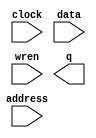
// megafunction wizard: %RAM: 1-PORT%VBB%
// GENERATION: STANDARD
// VERSION: WM1.0
// MODULE: altsyncram 

// ============================================================
// Megafunction Name(s):
// 			altsyncram
//
// Simulation Library Files(s):
// 			altera_mf
// ============================================================
// ************************************************************
// THIS IS A WIZARD-GENERATED FILE. DO NOT EDIT THIS FILE!
//
// 8.1 Build 163 10/28/2008 SJ Full Version
// ************************************************************

//Copyright (C) 1991-2008 Altera Corporation
//Your use of Altera Corporation's design tools, logic functions 
//and other software and tools, and its AMPP partner logic 
//functions, and any output files from any of the foregoing 
//(including device programming or simulation files), and any 
//associated documentation or information are expressly subject 
//to the terms and conditions of the Altera Program License 
//Subscription Agreement, Altera MegaCore Function License 
//Agreement, or other applicable license agreement, including, 
//without limitation, that your use is for the sole purpose of 
//programming logic devices manufactured by Altera and sold by 
//Altera or its authorized distributors.  Please refer to the 
//applicable agreement for further details.

module rgb_ram (
	address,
	clock,
	data,
	wren,
	q);

	input	[7:0]  address;
	input	  clock;
	input	[7:0]  data;
	input	  wren;
	output	[7:0]  q;

endmodule

// ============================================================
// CNX file retrieval info
// ============================================================
// Retrieval info: PRIVATE: ADDRESSSTALL_A NUMERIC "0"
// Retrieval info: PRIVATE: AclrAddr NUMERIC "0"
// Retrieval info: PRIVATE: AclrByte NUMERIC "0"
// Retrieval info: PRIVATE: AclrData NUMERIC "0"
// Retrieval info: PRIVATE: AclrOutput NUMERIC "0"
// Retrieval info: PRIVATE: BYTE_ENABLE NUMERIC "0"
// Retrieval info: PRIVATE: BYTE_SIZE NUMERIC "8"
// Retrieval info: PRIVATE: BlankMemory NUMERIC "1"
// Retrieval info: PRIVATE: CLOCK_ENABLE_INPUT_A NUMERIC "0"
// Retrieval info: PRIVATE: CLOCK_ENABLE_OUTPUT_A NUMERIC "0"
// Retrieval info: PRIVATE: Clken NUMERIC "0"
// Retrieval info: PRIVATE: DataBusSeparated NUMERIC "1"
// Retrieval info: PRIVATE: IMPLEMENT_IN_LES NUMERIC "0"
// Retrieval info: PRIVATE: INIT_FILE_LAYOUT STRING "PORT_A"
// Retrieval info: PRIVATE: INIT_TO_SIM_X NUMERIC "0"
// Retrieval info: PRIVATE: INTENDED_DEVICE_FAMILY STRING "Cyclone"
// Retrieval info: PRIVATE: JTAG_ENABLED NUMERIC "0"
// Retrieval info: PRIVATE: JTAG_ID STRING "NONE"
// Retrieval info: PRIVATE: MAXIMUM_DEPTH NUMERIC "0"
// Retrieval info: PRIVATE: MIFfilename STRING ""
// Retrieval info: PRIVATE: NUMWORDS_A NUMERIC "256"
// Retrieval info: PRIVATE: RAM_BLOCK_TYPE NUMERIC "2"
// Retrieval info: PRIVATE: READ_DURING_WRITE_MODE_PORT_A NUMERIC "3"
// Retrieval info: PRIVATE: RegAddr NUMERIC "1"
// Retrieval info: PRIVATE: RegData NUMERIC "1"
// Retrieval info: PRIVATE: RegOutput NUMERIC "1"
// Retrieval info: PRIVATE: SYNTH_WRAPPER_GEN_POSTFIX STRING "0"
// Retrieval info: PRIVATE: SingleClock NUMERIC "1"
// Retrieval info: PRIVATE: UseDQRAM NUMERIC "1"
// Retrieval info: PRIVATE: WRCONTROL_ACLR_A NUMERIC "0"
// Retrieval info: PRIVATE: WidthAddr NUMERIC "8"
// Retrieval info: PRIVATE: WidthData NUMERIC "8"
// Retrieval info: PRIVATE: rden NUMERIC "0"
// Retrieval info: CONSTANT: ADDRESS_ACLR_A STRING "NONE"
// Retrieval info: CONSTANT: INDATA_ACLR_A STRING "NONE"
// Retrieval info: CONSTANT: INTENDED_DEVICE_FAMILY STRING "Cyclone"
// Retrieval info: CONSTANT: LPM_HINT STRING "ENABLE_RUNTIME_MOD=NO"
// Retrieval info: CONSTANT: LPM_TYPE STRING "altsyncram"
// Retrieval info: CONSTANT: NUMWORDS_A NUMERIC "256"
// Retrieval info: CONSTANT: OPERATION_MODE STRING "SINGLE_PORT"
// Retrieval info: CONSTANT: OUTDATA_ACLR_A STRING "NONE"
// Retrieval info: CONSTANT: OUTDATA_REG_A STRING "CLOCK0"
// Retrieval info: CONSTANT: POWER_UP_UNINITIALIZED STRING "FALSE"
// Retrieval info: CONSTANT: RAM_BLOCK_TYPE STRING "M4K"
// Retrieval info: CONSTANT: WIDTHAD_A NUMERIC "8"
// Retrieval info: CONSTANT: WIDTH_A NUMERIC "8"
// Retrieval info: CONSTANT: WIDTH_BYTEENA_A NUMERIC "1"
// Retrieval info: CONSTANT: WRCONTROL_ACLR_A STRING "NONE"
// Retrieval info: USED_PORT: address 0 0 8 0 INPUT NODEFVAL address[7..0]
// Retrieval info: USED_PORT: clock 0 0 0 0 INPUT NODEFVAL clock
// Retrieval info: USED_PORT: data 0 0 8 0 INPUT NODEFVAL data[7..0]
// Retrieval info: USED_PORT: q 0 0 8 0 OUTPUT NODEFVAL q[7..0]
// Retrieval info: USED_PORT: wren 0 0 0 0 INPUT NODEFVAL wren
// Retrieval info: CONNECT: @address_a 0 0 8 0 address 0 0 8 0
// Retrieval info: CONNECT: q 0 0 8 0 @q_a 0 0 8 0
// Retrieval info: CONNECT: @clock0 0 0 0 0 clock 0 0 0 0
// Retrieval info: CONNECT: @data_a 0 0 8 0 data 0 0 8 0
// Retrieval info: CONNECT: @wren_a 0 0 0 0 wren 0 0 0 0
// Retrieval info: LIBRARY: altera_mf altera_mf.altera_mf_components.all
// Retrieval info: GEN_FILE: TYPE_NORMAL rgb_ram.v TRUE
// Retrieval info: GEN_FILE: TYPE_NORMAL rgb_ram.inc FALSE
// Retrieval info: GEN_FILE: TYPE_NORMAL rgb_ram.cmp FALSE
// Retrieval info: GEN_FILE: TYPE_NORMAL rgb_ram.bsf TRUE FALSE
// Retrieval info: GEN_FILE: TYPE_NORMAL rgb_ram_inst.v TRUE
// Retrieval info: GEN_FILE: TYPE_NORMAL rgb_ram_bb.v TRUE
// Retrieval info: GEN_FILE: TYPE_NORMAL rgb_ram_waveforms.html TRUE
// Retrieval info: GEN_FILE: TYPE_NORMAL rgb_ram_wave*.jpg FALSE
// Retrieval info: LIB_FILE: altera_mf